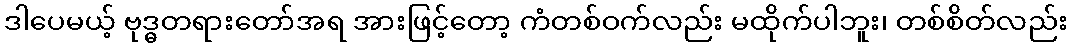
ဒါပေမယ့် ဗုဒ္ဓတရားတော်အရ အားဖြင့်တော့ ကံတစ်ဝက်လည်း မထိုက်ပါဘူး၊ တစ်စိတ်လည်း